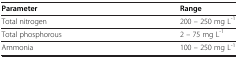
| Parameter | Range |
 | --- | --- |
 | Total nitrogen | 200 – 250 mg L-1 |
 | Total phosphorous | 2 – 75 mg L-1 |
 | Ammonia | 100 – 250 mg L-1 |